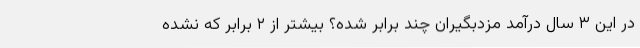
در این ۳ سال درآمد مزدبگیران چند برابر شده؟ بیشتر از ۲ برابر که نشده